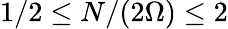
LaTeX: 1/2\le N/(2\Omega)\le 2